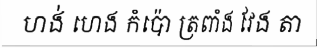
ហង់ ហេង កំប៉ោ ត្រពាំង វែង តា